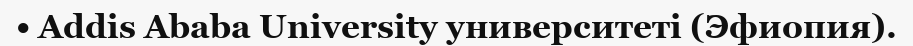
• Addis Ababa University университеті (Эфиопия).